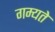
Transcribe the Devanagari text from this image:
गम्यते